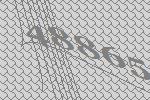
48865